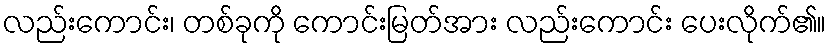
လည်းကောင်း၊ တစ်ခုကို ကောင်းမြတ်အား လည်းကောင်း ပေးလိုက်၏။